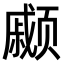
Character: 𫖹